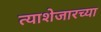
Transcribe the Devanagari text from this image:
त्याशेजारच्या